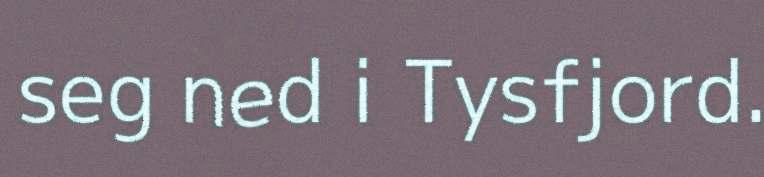
seg ned i Tysfjord.